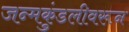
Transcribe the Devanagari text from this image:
जन्मकुंडलीवरून